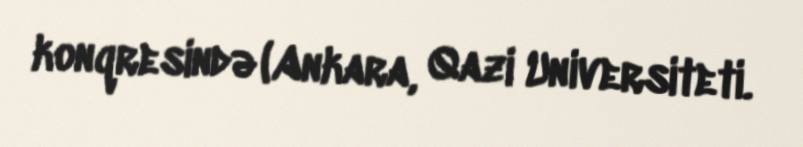
konqresində (Ankara, Qazi Universiteti.